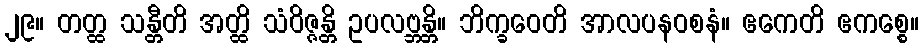
၂၉။ တတ္ထ သန္တီတိ အတ္ထိ သံဝိဇ္ဇန္တိ ဥပလဗ္ဘန္တိ။ ဘိက္ခဝေတိ အာလပနဝစနံ။ ဧကေတိ ဧကစ္စေ။